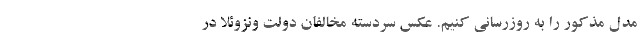
مدل مذکور را به روزرسانی کنیم. عکس سردسته مخالفان دولت ونزوئلا در